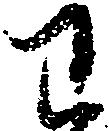
わ